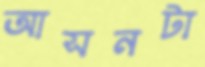
আসনটা